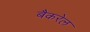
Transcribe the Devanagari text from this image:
बैकरेल